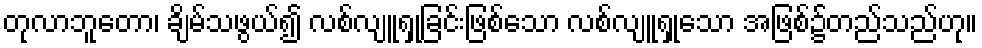
တုလာဘူတော၊ ချိမ်သဖွယ်၍ လစ်လျူရှုခြင်းဖြစ်သော လစ်လျူရှုသော အဖြစ်၌တည်သည်ဟု။